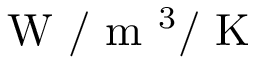
\mathrm { ~ W ~ } / \mathrm { ~ m ~ } ^ { 3 } / \mathrm { ~ K ~ }